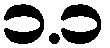
၁.၁